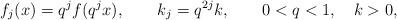
LaTeX: \begin{align*}f_j(x)=q^j f(q^j x),\qquad k_j= q^{2j}k, \qquad 0<q<1, \quad k>0,\end{align*}